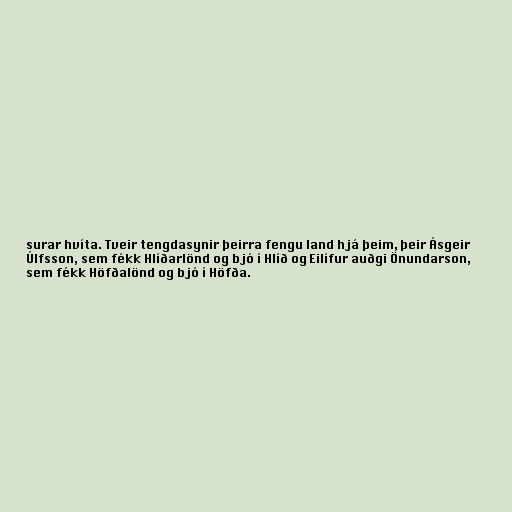
surar hvíta. Tveir tengdasynir þeirra fengu land hjá þeim, þeir Ásgeir
Úlfsson, sem fékk Hlíðarlönd og bjó í Hlíð og Eilífur auðgi Önundarson,
sem fékk Höfðalönd og bjó í Höfða.